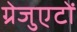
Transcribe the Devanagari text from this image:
ग्रेजुएटों